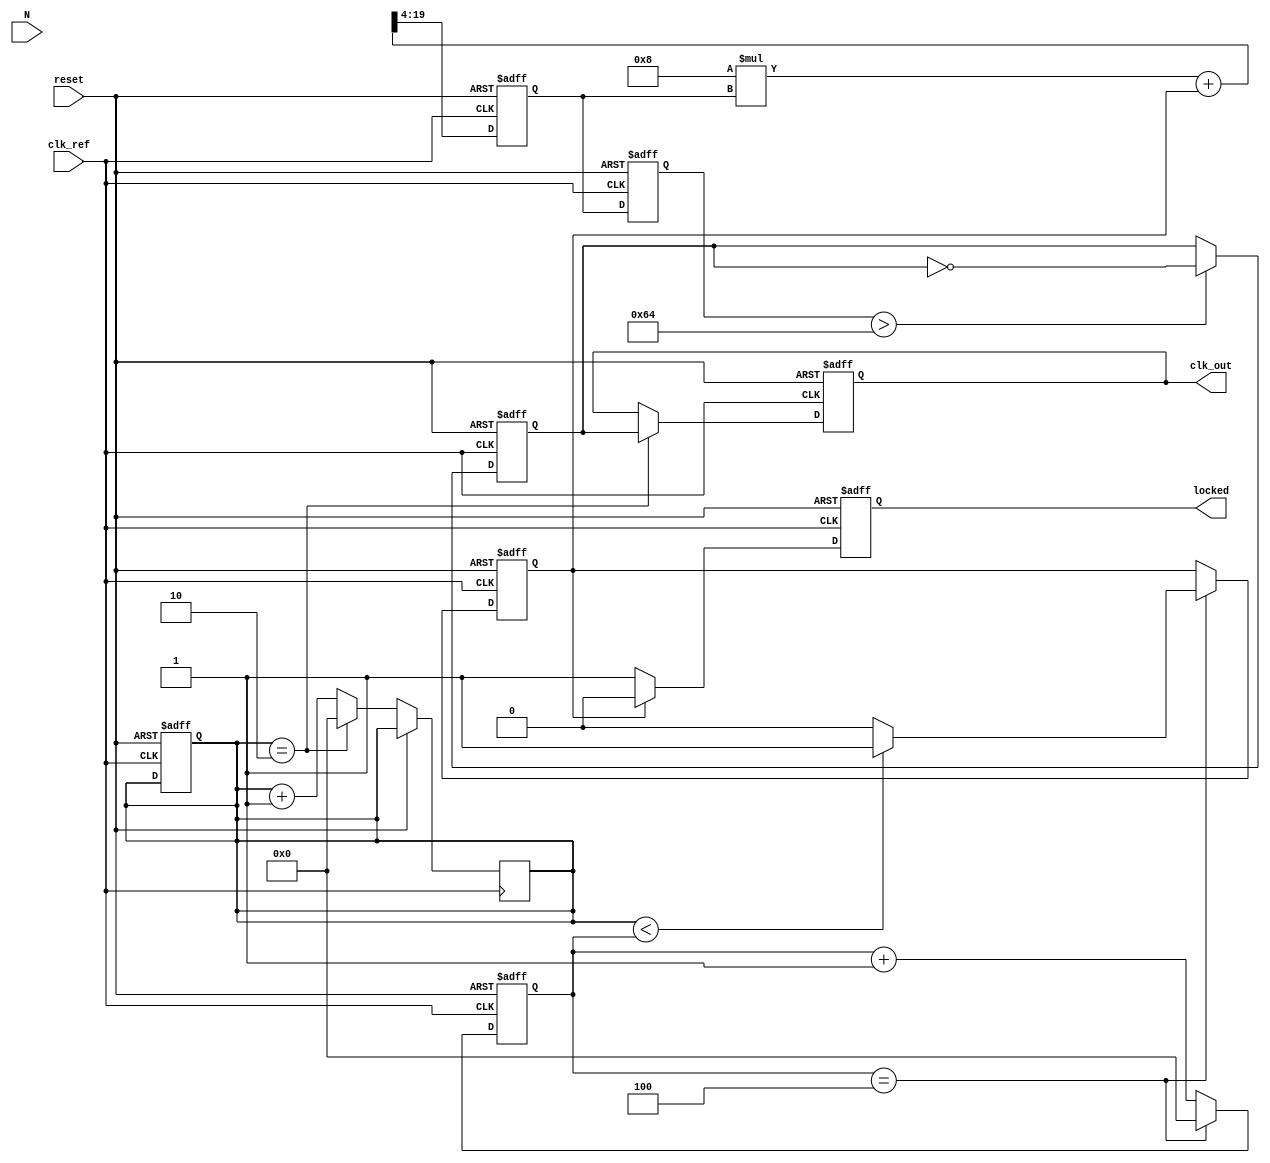
module integer_n_pll (
    input wire clk_ref,           // Reference clock input
    input wire reset,             // Asynchronous reset
    input wire [N-1:0] N,         // Programmable integer divider value
    output reg clk_out,           // Output clock
    output reg locked             // Lock status
);

parameter N = 4;                 // Example divider value
parameter CLK_DIV = 2;           // Output divider value
parameter FILTER_COEFF = 8;      // Loop filter coefficient

// Phase Detector
reg phase_error;                 // Phase error signal
reg [N-1:0] ref_counter;         // Reference clock counter
reg [N-1:0] vco_counter;         // VCO clock counter

// Loop Filter
reg [15:0] control_voltage;      // Control voltage for VCO
reg [15:0] filtered_voltage;     // Filtered control voltage

// Voltage-Controlled Oscillator (VCO)
reg vco_clk;                     // VCO clock signal

// Dividers
reg [N-1:0] input_divider;       // Input divider
reg [N-1:0] output_divider;      // Output divider

// Phase Detector Logic
always @(posedge clk_ref or posedge reset) begin
    if (reset) begin
        ref_counter <= 0;
        vco_counter <= 0;
        phase_error <= 0;
    end else begin
        ref_counter <= ref_counter + 1;
        if (ref_counter == N) begin
            ref_counter <= 0;
            phase_error <= (vco_counter < ref_counter) ? 1 : 0; // Simple phase comparison
        end
    end
end

// Loop Filter Logic
always @(posedge clk_ref or posedge reset) begin
    if (reset) begin
        control_voltage <= 0;
        filtered_voltage <= 0;
    end else begin
        // Simple first-order filter
        filtered_voltage <= (FILTER_COEFF * filtered_voltage + phase_error) >> 4; // Example filter
        control_voltage <= filtered_voltage;
    end
end

// VCO Logic
always @(posedge clk_ref or posedge reset) begin
    if (reset) begin
        vco_clk <= 0;
        clk_out <= 0;
    end else begin
        // VCO frequency control based on control voltage
        if (control_voltage > 100) begin
            vco_clk <= ~vco_clk; // Toggle VCO clock
        end
        // Output clock generation
        if (vco_counter == CLK_DIV) begin
            clk_out <= vco_clk;
            vco_counter <= 0;
        end else begin
            vco_counter <= vco_counter + 1;
        end
    end
end

// Lock Detection Logic
always @(posedge clk_ref or posedge reset) begin
    if (reset) begin
        locked <= 0;
    end else begin
        // Simple lock detection logic
        if (phase_error == 0) begin
            locked <= 1; // PLL is locked
        end else begin
            locked <= 0; // PLL is not locked
        end
    end
end

endmodule